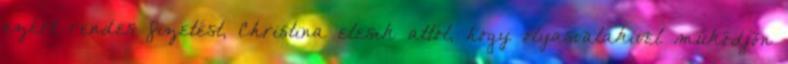
ezért rendes fizetést, Christina elesik attól, hogy olyasvalakivel működjön